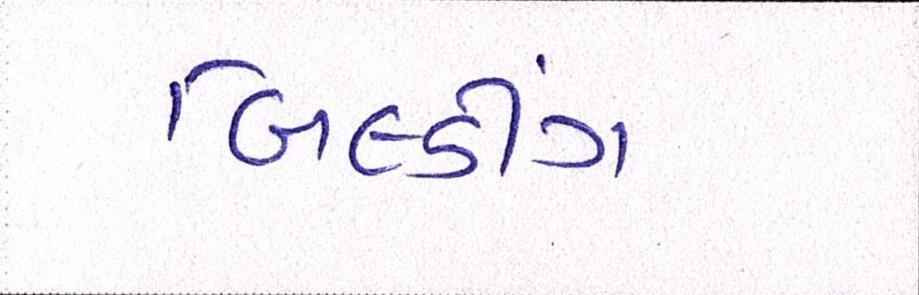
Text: બિલ્ડીંગ